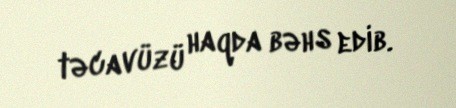
təcavüzü haqda bəhs edib.